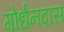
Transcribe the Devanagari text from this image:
गोर्धनदास